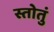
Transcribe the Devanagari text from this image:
स्तोतुं